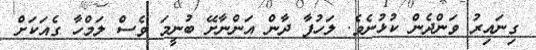
ގިނައިރު ވަންދެން ކުޅުނެވެ. ލަހުފާ ދާން އަންނާށޭ ބުނީމަ ވެސް ލަމްހާ ގެއަކަށް